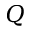
Q